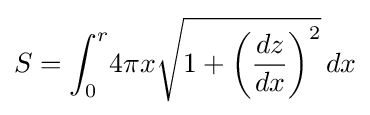
S=\int _{0}^{r}\!4\pi x{\sqrt {1+\left({\frac {dz}{dx}}\right)^{2}}}\,dx